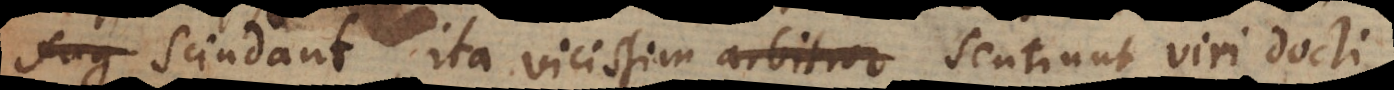
fug scindant, ita vicissim sentiunt viri docti